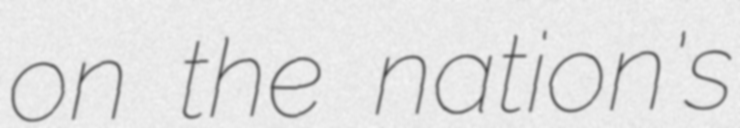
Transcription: on the nation's